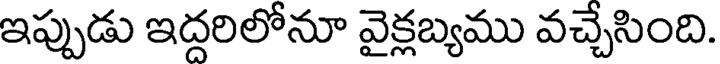
ఇప్పుడు ఇద్దరిలోనూ వైక్లబ్యము వచ్చేసింది.